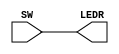
module Lab1 (SW, LEDR);
	input [17:0] SW; // toggle switches
	output [17:0] LEDR; // red LEDs
	assign LEDR = SW;
endmodule